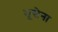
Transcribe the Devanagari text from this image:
भूसेना